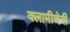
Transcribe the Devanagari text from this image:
क्‍लामीचेरी